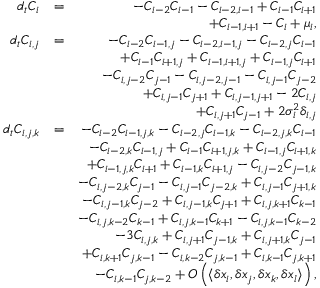
\begin{array} { r l r } { d _ { t } C _ { i } } & { = } & { - C _ { i - 2 } C _ { i - 1 } - C _ { i - 2 , i - 1 } + C _ { i - 1 } C _ { i + 1 } } \\ & { } & { + C _ { i - 1 , i + 1 } - C _ { i } + \mu _ { i } , } \\ { d _ { t } C _ { i , j } } & { = } & { - C _ { i - 2 } C _ { i - 1 , j } - C _ { i - 2 , i - 1 , j } - C _ { i - 2 , j } C _ { i - 1 } } \\ & { } & { + C _ { i - 1 } C _ { i + 1 , j } + C _ { i - 1 , i + 1 , j } + C _ { i - 1 , j } C _ { i + 1 } } \\ & { } & { - C _ { i , j - 2 } C _ { j - 1 } - C _ { i , j - 2 , j - 1 } - C _ { i , j - 1 } C _ { j - 2 } } \\ & { } & { + C _ { i , j - 1 } C _ { j + 1 } + C _ { i , j - 1 , j + 1 } - 2 C _ { i , j } } \\ & { } & { + C _ { i , j + 1 } C _ { j - 1 } + 2 \sigma _ { i } ^ { 2 } \delta _ { i , j } } \\ { d _ { t } C _ { i , j , k } } & { = } & { - C _ { i - 2 } C _ { i - 1 , j , k } - C _ { i - 2 , j } C _ { i - 1 , k } - C _ { i - 2 , j , k } C _ { i - 1 } } \\ & { } & { - C _ { i - 2 , k } C _ { i - 1 , j } + C _ { i - 1 } C _ { i + 1 , j , k } + C _ { i - 1 , j } C _ { i + 1 , k } } \\ & { } & { + C _ { i - 1 , j , k } C _ { i + 1 } + C _ { i - 1 , k } C _ { i + 1 , j } - C _ { i , j - 2 } C _ { j - 1 , k } } \\ & { } & { - C _ { i , j - 2 , k } C _ { j - 1 } - C _ { i , j - 1 } C _ { j - 2 , k } + C _ { i , j - 1 } C _ { j + 1 , k } } \\ & { } & { - C _ { i , j - 1 , k } C _ { j - 2 } + C _ { i , j - 1 , k } C _ { j + 1 } + C _ { i , j , k + 1 } C _ { k - 1 } } \\ & { } & { - C _ { i , j , k - 2 } C _ { k - 1 } + C _ { i , j , k - 1 } C _ { k + 1 } - C _ { i , j , k - 1 } C _ { k - 2 } } \\ & { } & { - 3 C _ { i , j , k } + C _ { i , j + 1 } C _ { j - 1 , k } + C _ { i , j + 1 , k } C _ { j - 1 } } \\ & { } & { + C _ { i , k + 1 } C _ { j , k - 1 } - C _ { i , k - 2 } C _ { j , k - 1 } + C _ { i , k - 1 } C _ { j , k + 1 } } \\ & { } & { - C _ { i , k - 1 } C _ { j , k - 2 } + { \cal O } \left( \langle { \delta x _ { i } , \delta x _ { j } , \delta x _ { k } , \delta x _ { l } } \rangle \right) , } \end{array}